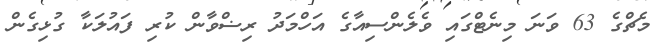
މެޗްގެ 63 ވަނަ މިނެޓްގައި ވެލެންސިއާގެ އަހްމަދު ރިޟްވާން ކުރި ފައުލަކާ ގުޅިގެން